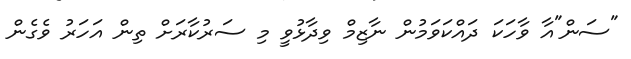
"ސަން"އާ ވާހަކަ ދައްކަވަމުން ނާޒިމް ވިދާޅުވީ މި ސަރުކާރަށް ތިން އަހަރު ވެގެން